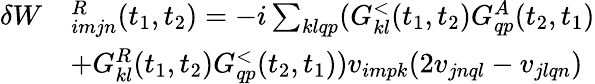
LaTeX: \begin{array}{rl}{\delta W}&{^R_{imjn}(t_{1},t_{2})=-i\sum_{klqp}(G_{kl}^{<}(t_{1},t_{2})G_{qp}^{A}(t_{2},t_{1})}\\ &{+G_{kl}^{R}(t_{1},t_{2})G_{qp}^{<}(t_{2},t_{1}))v_{impk}(2v_{jnql}-v_{jlqn})}\end{array}